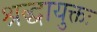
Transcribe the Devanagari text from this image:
श्रद्धायुक्तः